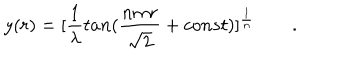
LaTeX: y ( r ) = [ { \frac { 1 } { \lambda } } t a n ( { \frac { n m r } { \sqrt 2 } } + c o n s t ) ] ^ { \frac { 1 } { n } } \qquad .